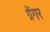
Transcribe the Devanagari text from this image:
ग्रेंगर